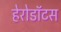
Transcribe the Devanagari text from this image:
हेरोडॉटस